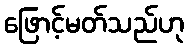
ဖြောင့်မတ်သည်ဟု